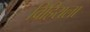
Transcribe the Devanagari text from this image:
विहिराला